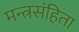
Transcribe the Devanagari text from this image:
मन्त्रसंहिता